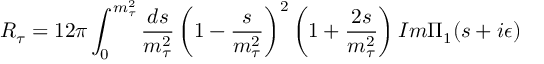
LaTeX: R _ { \tau } = 1 2 \pi \int _ { 0 } ^ { m _ { \tau } ^ { 2 } } \frac { d s } { m _ { \tau } ^ { 2 } } \left( 1 - \frac { s } { m _ { \tau } ^ { 2 } } \right) ^ { 2 } \left( 1 + \frac { 2 s } { m _ { \tau } ^ { 2 } } \right) I m \Pi _ { 1 } ( s + i \epsilon )